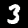
Digit: 3